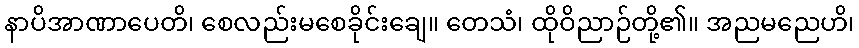
နာပိအာဏာပေတိ၊ စေလည်းမစေခိုင်းချေ။ တေသံ၊ ထိုဝိညာဉ်တို့၏။ အညမညေဟိ၊